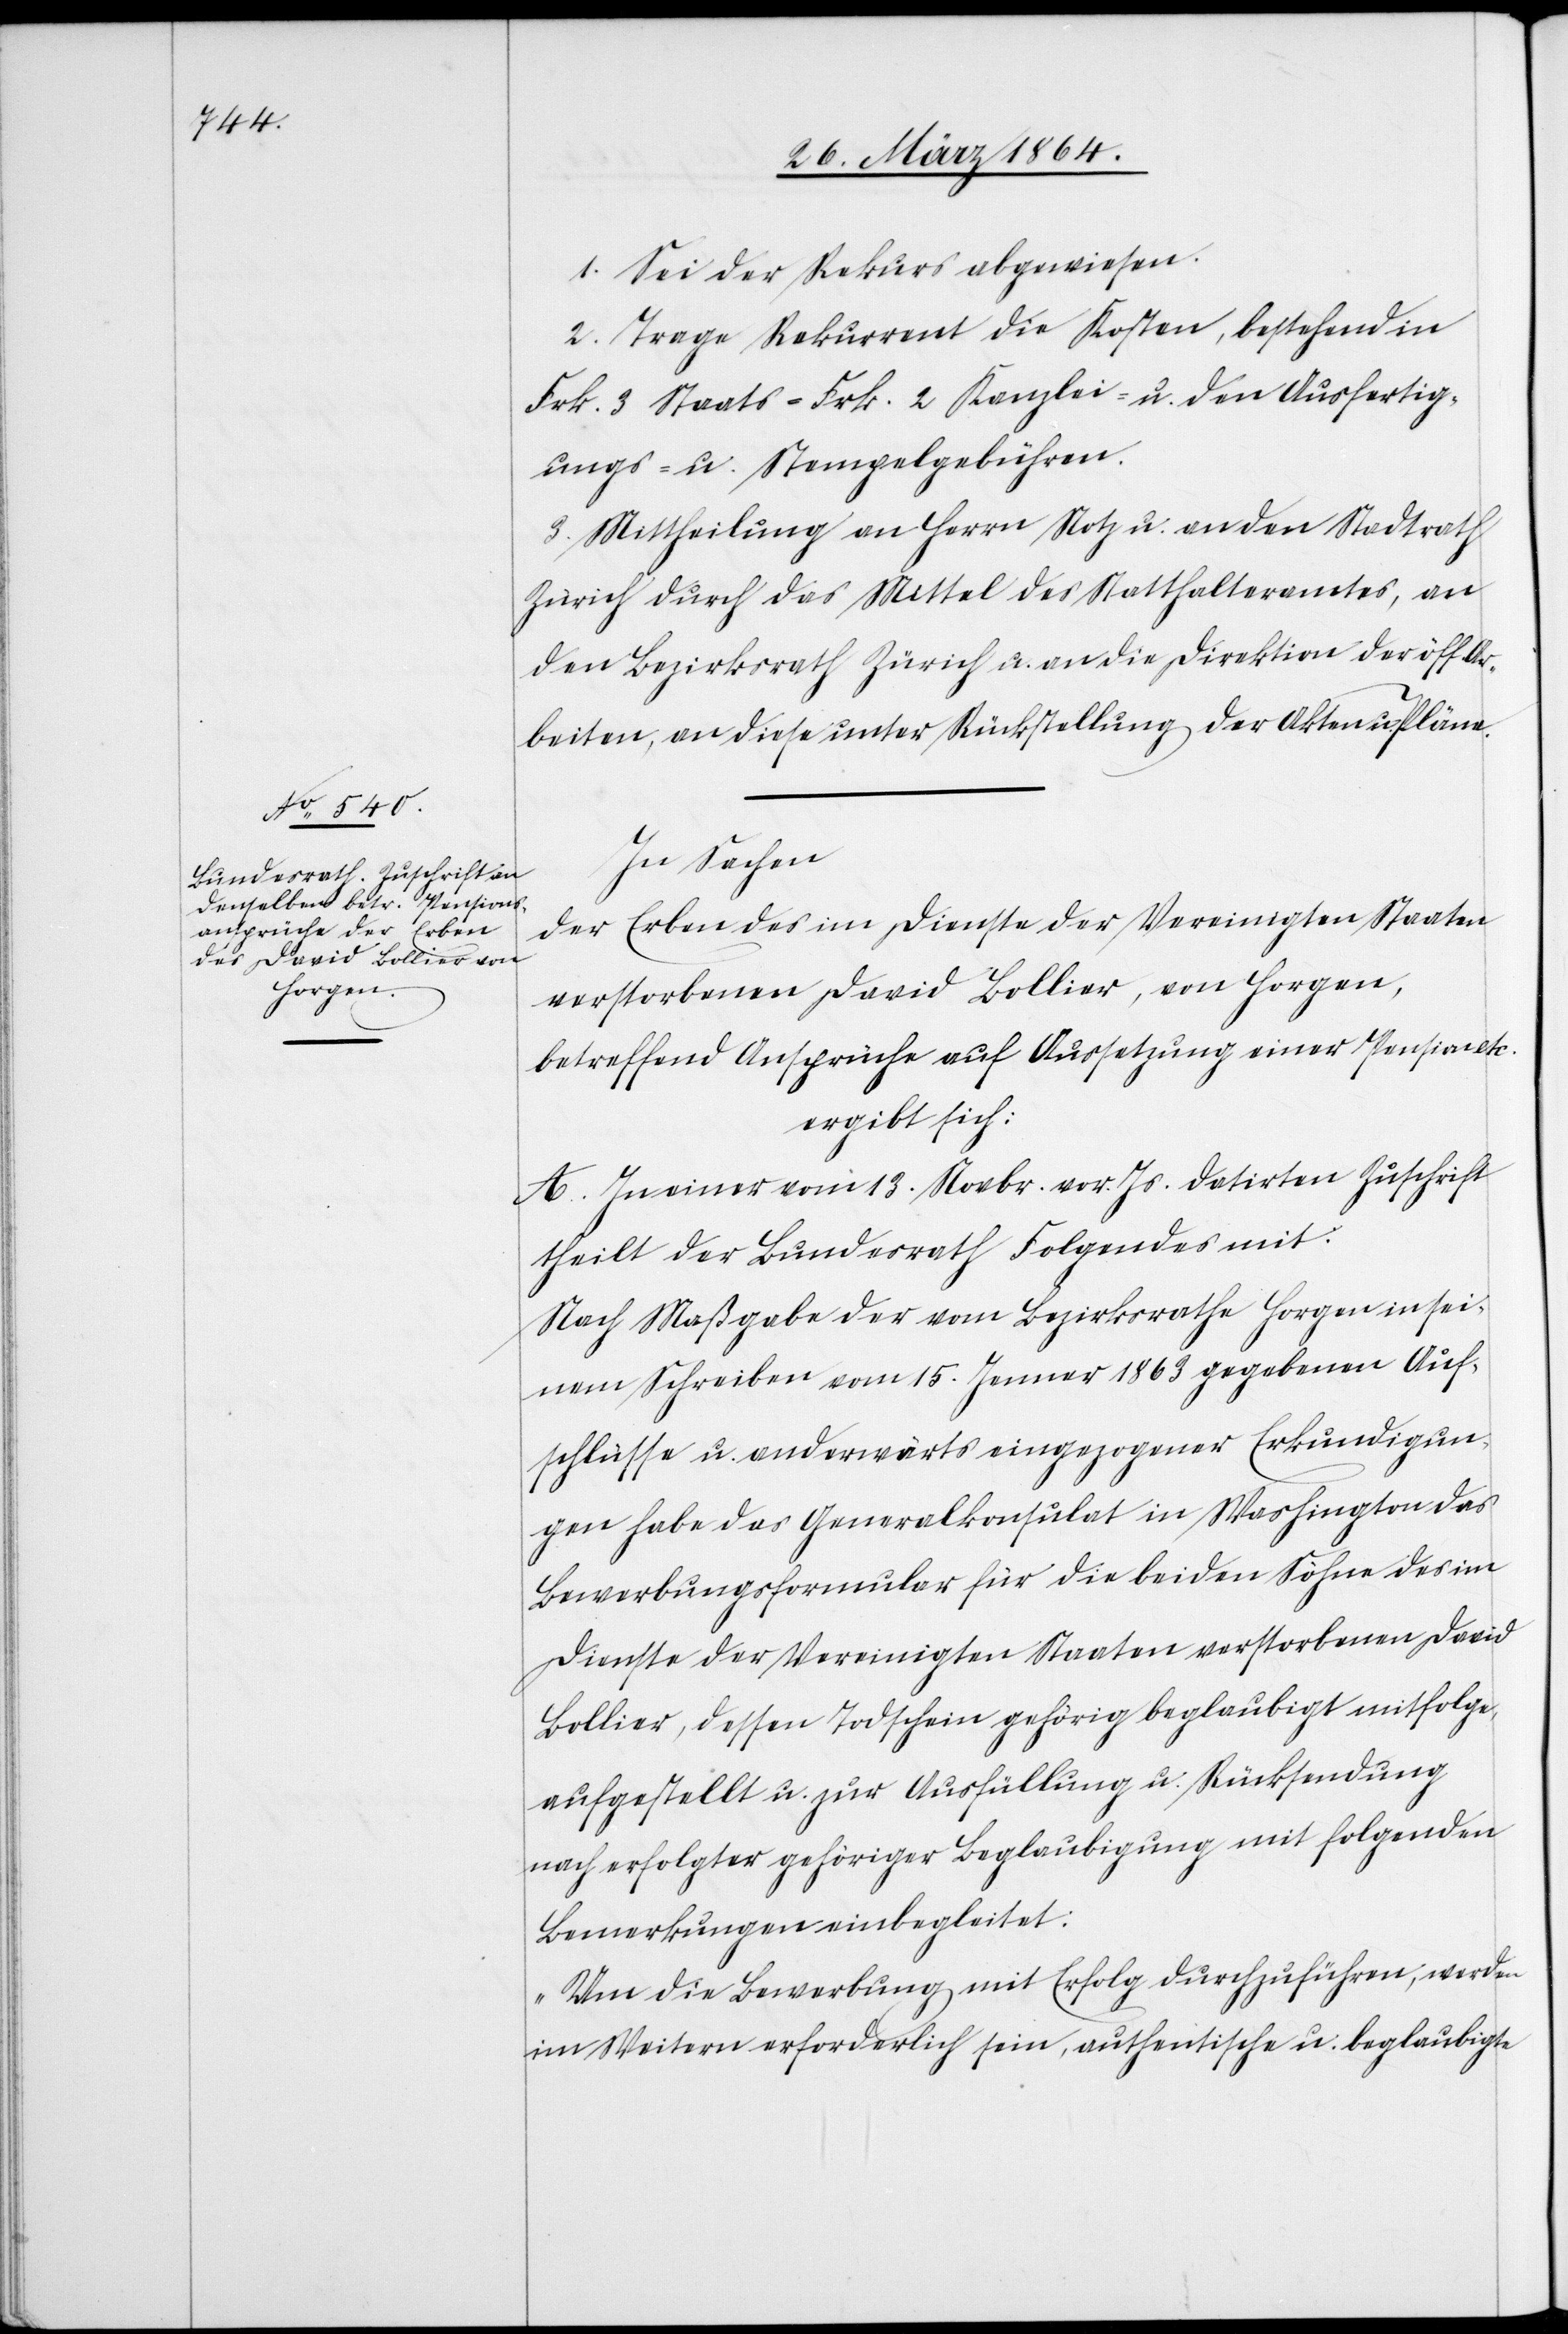
1. Sei der Rekurs angewiesen.
2. Trage Rekurrent die Kosten, bestehend in
Frk. 3 Staats-[,] Frk. 2 Kanzlei- u. den Ausfertig¬
ungs- u. Stempelgebühren.
3. Mittheilung an Herrn Notz u. an den Stadtrath
Zürich durch das Mittel des Statthalteramtes, an
den Bezirksrath Zürich u. an die Direktion der öff. Ar¬
beiten, and diese unter Rückstellung der Akten u. Pläne.
In Sachen
der Erben des im Dienste der Vereinigten Staaten
verstorbenen David Bollier, von Horgen,
betreffend Ansprüche auf Aussetzung einer Pension etc.
ergibt sich:
A. In einer vom 13. Novbr. vor. Js. datirten Zuschrift
theilt der Bundesrath Folgendes mit:
Nach Maßgabe der vom Bezirksrathe Horgen in sei¬
nem Schreiben vom 15. Jenner 1863 gegebenen Auf¬
schlüsse u. anderwärts eingezogener Erkundigun¬
gen habe das Geenralkonsulat in Washington das
Bewerbungsformular für die beiden Söhne des im
Dienste der Vereinigten Staaten verstorbenen David
Bollier, dessen Todschein gehörig beglaubigt mitfolge,
aufgestellt u. zur Ausfüllung u. Rücksendung
nach erfolgter gehöriger Beglaubigung mit folgenden
Bemerkungen einbegleitet:
„Um die Bewerbung mit Erfolg durchzuführen, werden
im Weitern erforderlich sein, authentische u. beglaubigte